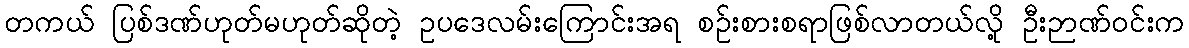
တကယ် ပြစ်ဒဏ်ဟုတ်မဟုတ်ဆိုတဲ့ ဥပဒေလမ်းကြောင်းအရ စဉ်းစားစရာဖြစ်လာတယ်လို့ ဦးဉာဏ်ဝင်းက